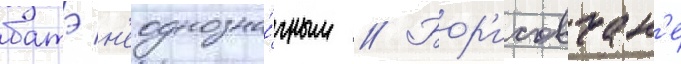
батэ н'еоднозна́чным // Бор'исовчан'е